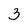
Character: 3